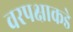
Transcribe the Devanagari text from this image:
वरपक्षाकडे